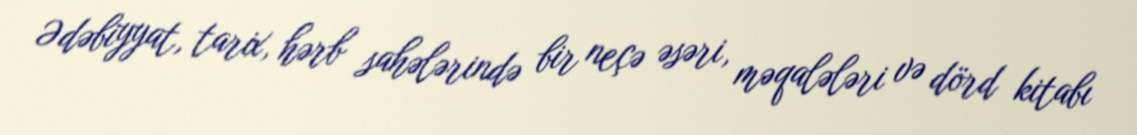
Ədəbiyyat, tarix, hərb sahələrində bir neçə əsəri, məqalələri və dörd kitabı